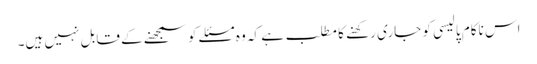
اس ناکام پالیسی کو جاری رکھنے کا مطلب ہے کہ وہ مسئلے کو سمجھنے کے قابل نہیں ہیں۔